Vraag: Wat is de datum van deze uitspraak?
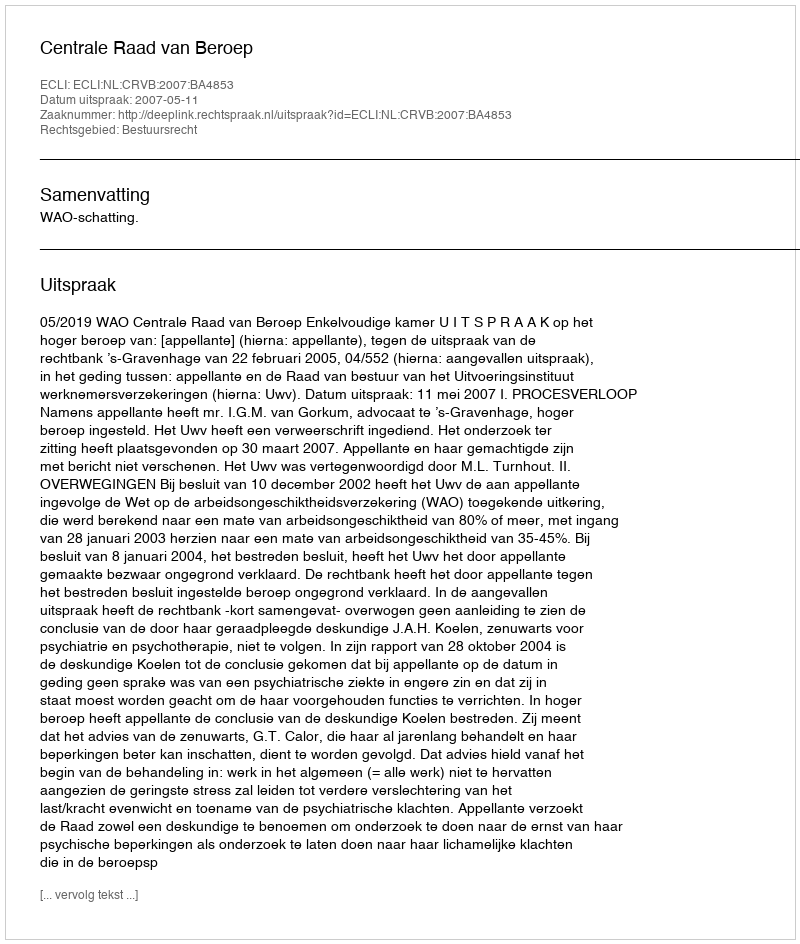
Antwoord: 2007-05-11